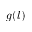
g ( l )